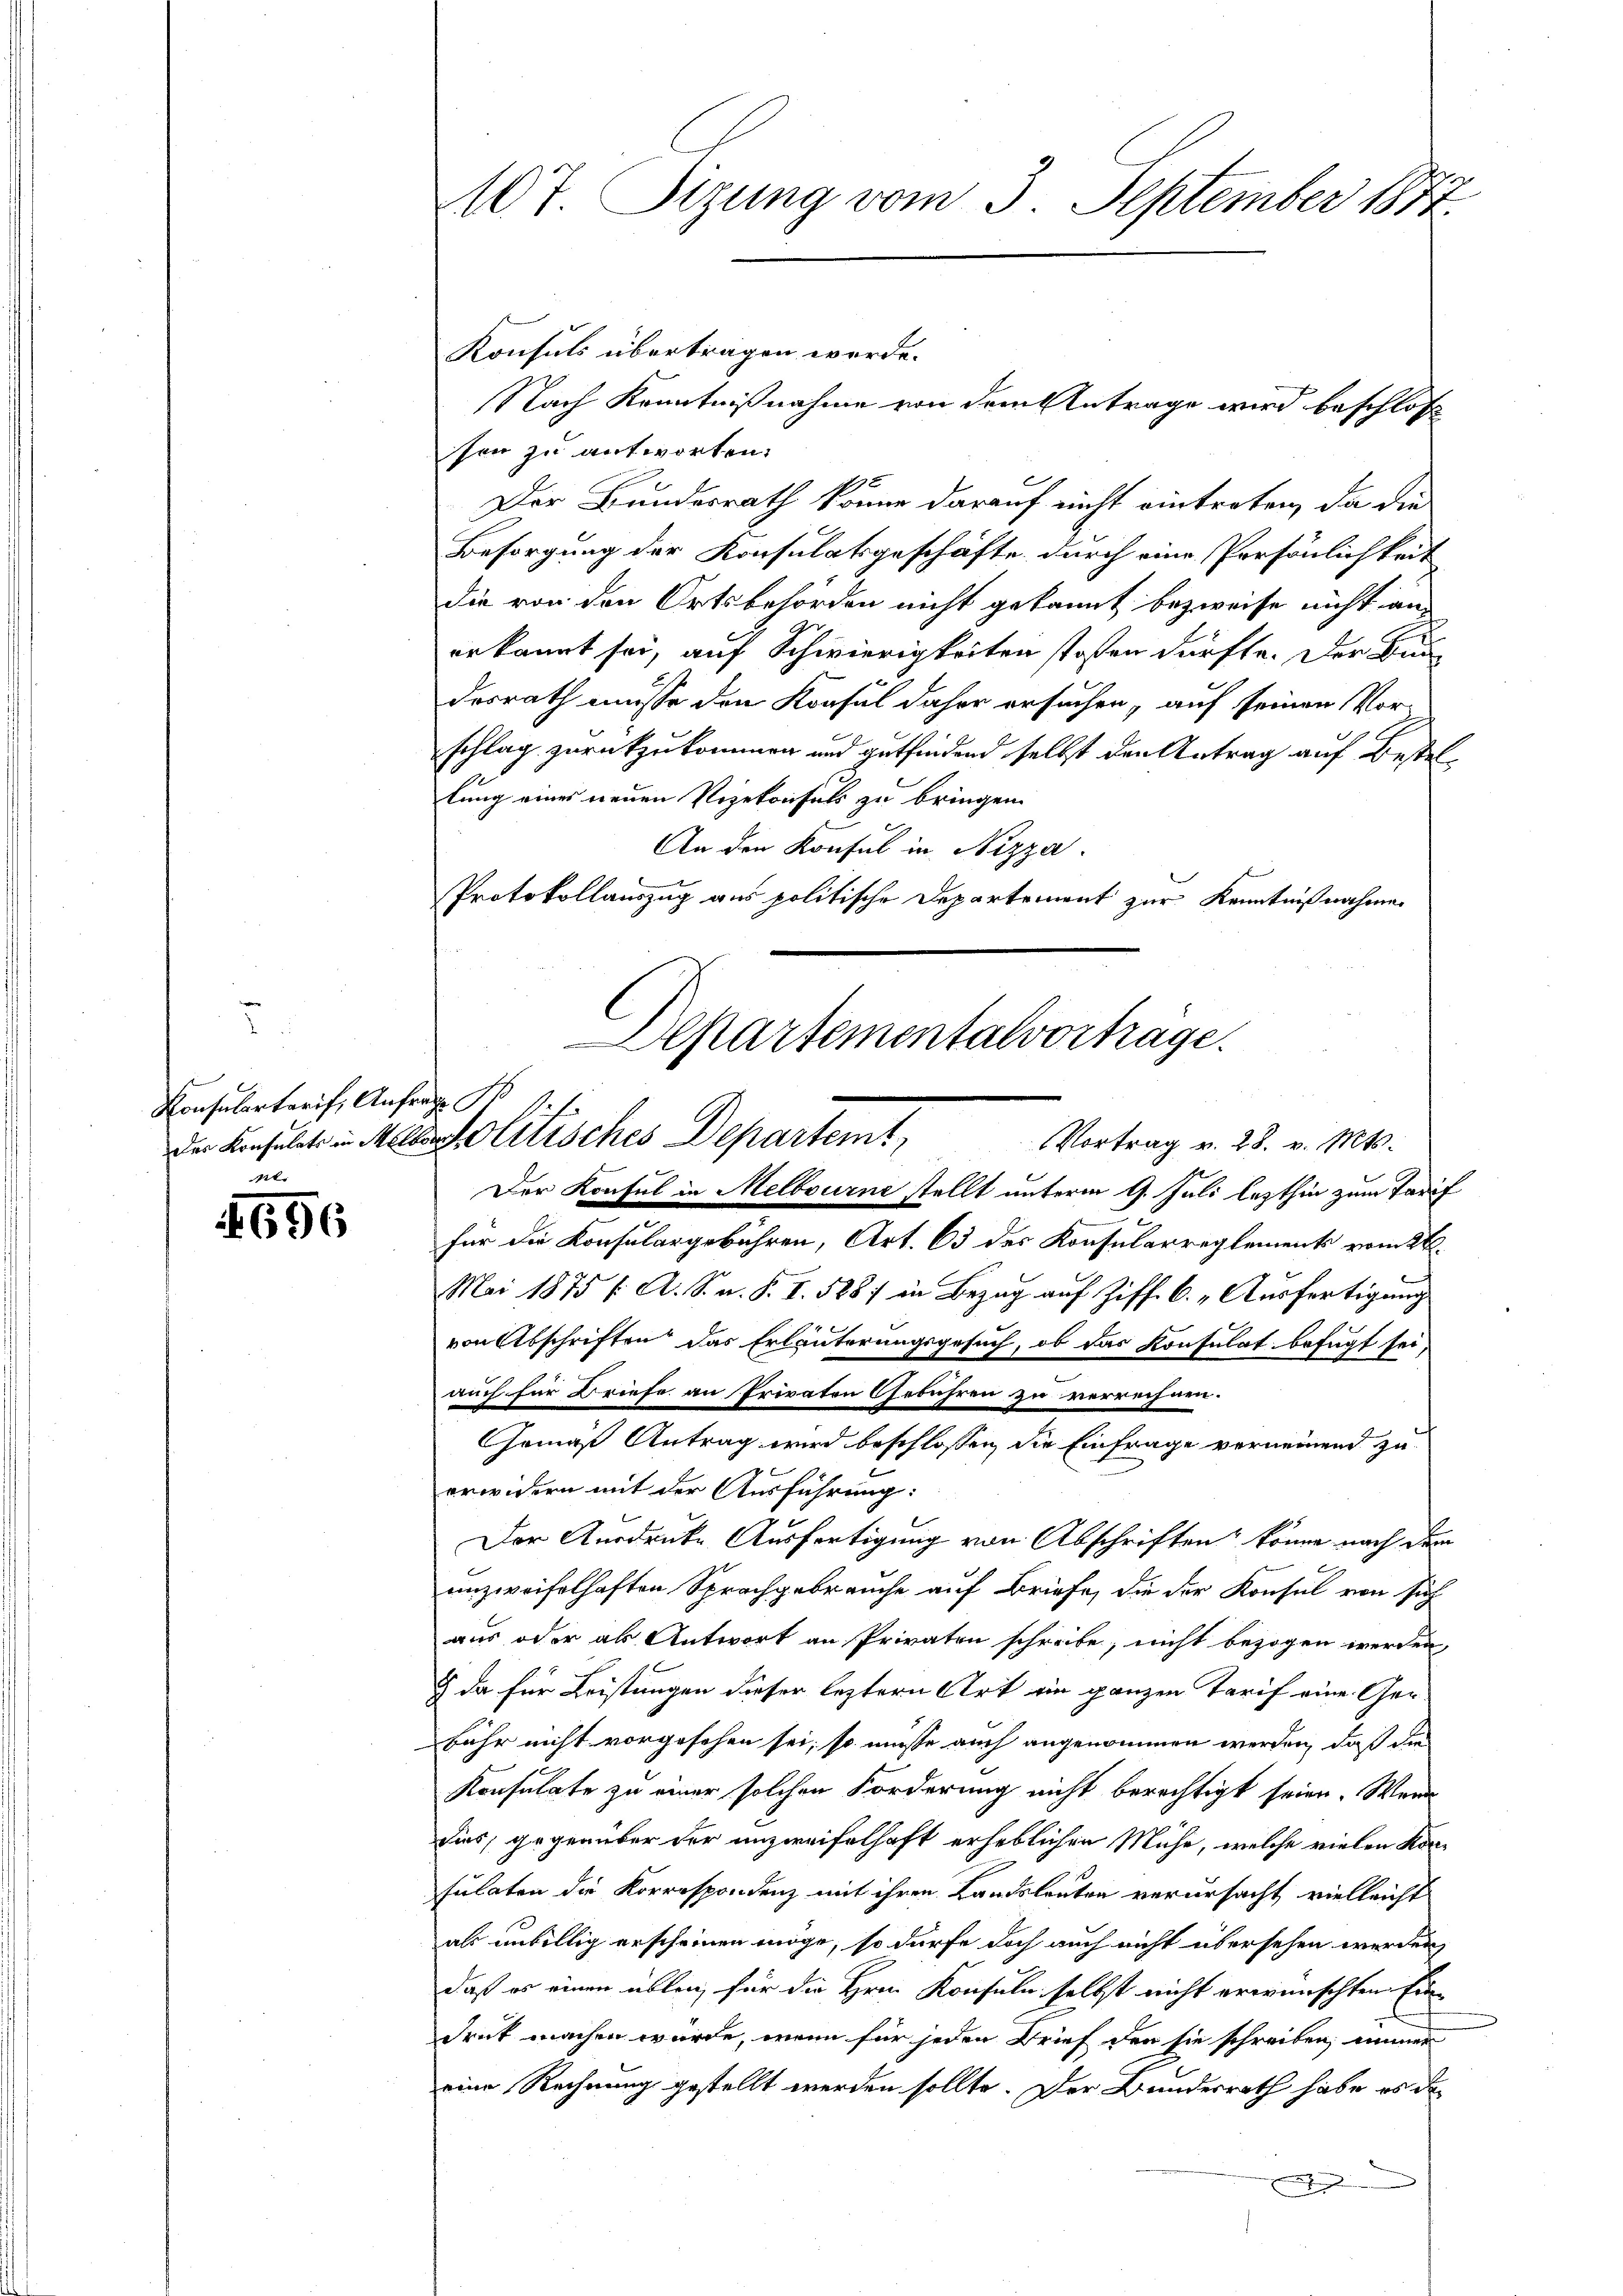
Konsulartarif; Aus
Der Konsulats in Mei
gl.

1696

107 Sizung vom 3. September 1872.

Konsuls übertragen werde.
sen zu antworten.
Der Bundesrath könne darauf nicht eintreten, da die
Besorgung der Konsulatsgeschäfte durch eine Persönlichkeit
die von den Ortsbehörden nicht gekannt bezweife nicht an
erkannt sei, auf Schwierigkeiten stoßen dürfte. Der Bundesrath müsse den Konsul daher ersuchen, auf seinen Vorschlag zurückzukommen und gutfindend selbst den Antrag auf Bestellung eines neuen Vizekonfels zu bringen.
An den Konsul in Nizza.
Protokollauszug aus politische Departement zur Kenntnißnahmen

h
ich
esolutisches Departemt,
Vortrag v. 28. v. Mts.
Der Konsul in Melbourne stellt unterm 9. Juli lezthin zum Tarif

Departementalvorträge.

auch für Briefe an Privaten Gebühren zu verrechnen.

Nach Kenntnißnahme von dem Antrage wird beschloss

Gemäß Antrag wird beschlossen, die Einfrage verneinend zu

für die Konsulargebühren, Art. 63 des Konsularreglements vom 28.
Mai 1875 f. A. S. v. P. I. 588) in Bezug auf Ziff. 6. Ausfertigung
von Abschriften das Erläuterungsgesuch, ob das Konsulat befugt sei
erwidern mit der Ausführung:
Der Ausdrucke Ausfertigung von Abschriften könne nach dem
unzweifelhaften Sprachgebrauche auf Briefe, die der Konsul von sich
aus oder als Antwort an Privaten schreibe, nicht bezogen werden,
 da für Leistungen dieser leztern Art ein ganzen Tarif eine Gerbühr nicht vorgesehen sei, so müsse auch angenommen werden, daß die
Konsulate zu einer solchen Forderung nicht berechtigt seien. Wenn
dies, gegenüber der unzweifelhaft erheblichen Mühe, welche vielen Korsulaten die Korrespondenz mit ihren Landsleuten verursacht vielleicht
als unbillig erscheinen möge, so dürfe doch auch nicht übersehen werden,
daß er einen üblen für die Hrn. Konsuln selbst nicht erwünschten Eindruck machen würde, wenn für jeden Brief den sie schreiben, immer
eine Rechnung gestellt werden sollte. Der Bundesrath habe es de
e